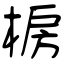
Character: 椖